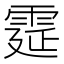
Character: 𩃀